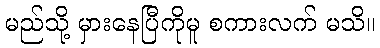
မည်သို့ မှားနေပြီကိုမူ စကားလက် မသိ။